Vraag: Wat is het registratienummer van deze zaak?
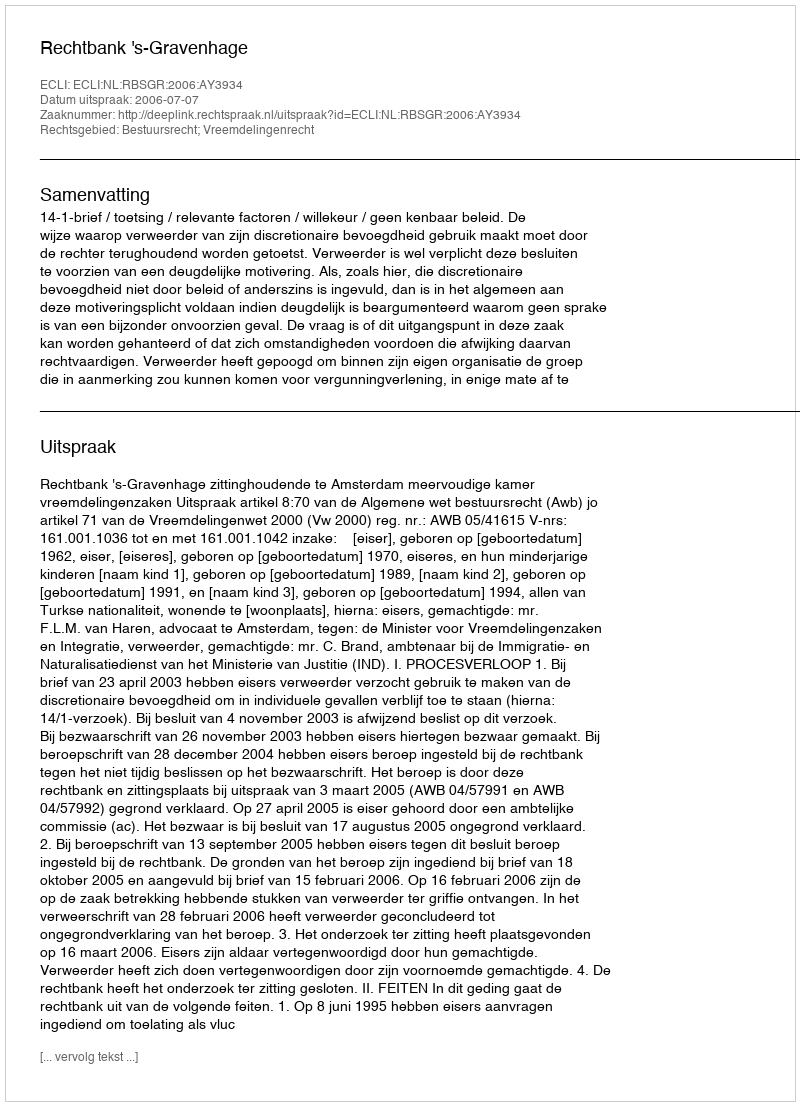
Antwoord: http://deeplink.rechtspraak.nl/uitspraak?id=ECLI:NL:RBSGR:2006:AY3934